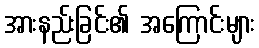
အားနည်းခြင်း၏ အကြောင်းများ